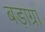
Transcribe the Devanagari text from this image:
बड़ाग्रां